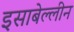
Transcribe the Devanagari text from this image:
इसाबेल्लीन